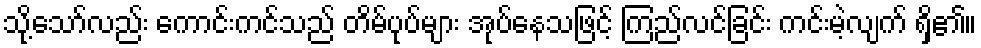
သို့သော်လည်း ကောင်းကင်သည် တိမ်ပုပ်များ အုပ်နေသဖြင့် ကြည်လင်ခြင်း ကင်းမဲ့လျက် ရှိ၏။